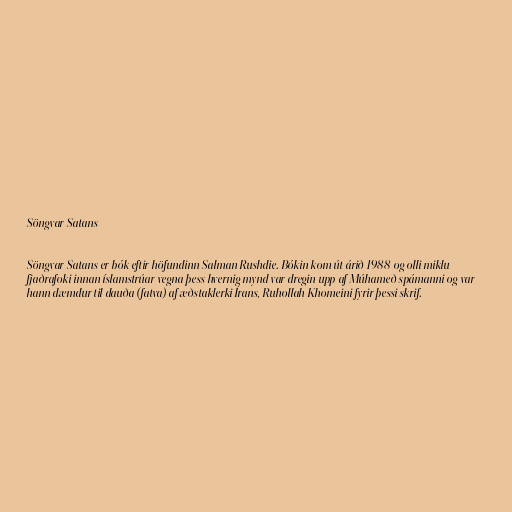
Söngvar Satans

Söngvar Satans er bók eftir höfundinn Salman Rushdie. Bókin kom út árið 1988 og olli miklu
fjaðrafoki innan íslamstrúar vegna þess hvernig mynd var dregin upp af Múhameð spámanni og var
hann dæmdur til dauða (fatva) af æðstaklerki Írans, Ruhollah Khomeini fyrir þessi skrif.